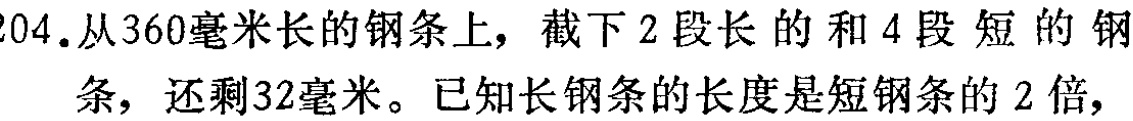
204.从360毫米长的钢条上，截下2段长的和4段短的钢条，还剩32毫米。已知长钢条的长度是短钢条的2倍，